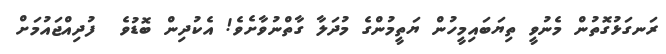
ރަނގަޅުގޮތުން މެނުވީ ތިޔަބައިމީހުން ޔަތީމުންގެ މުދަލާ ގާތްނުވާށެވެ! އެކުދިން ބޮޑުވެ  ފުދިއްޖައުމަށް